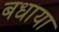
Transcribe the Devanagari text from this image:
बधाया